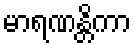
မာရဏန္တိကာ